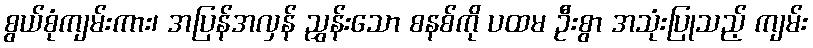
စွယ်စုံကျမ်းကား၊ အပြန်အလှန် ညွှန်းသော စနစ်ကို ပထမ ဦးစွာ အသုံးပြုသည့် ကျမ်း